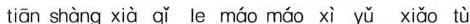
tiān shàng xià qǐ le máo máo xì yǔ xiǎo tù